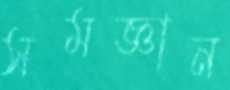
সমজ্ঞান